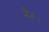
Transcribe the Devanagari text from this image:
नैन।